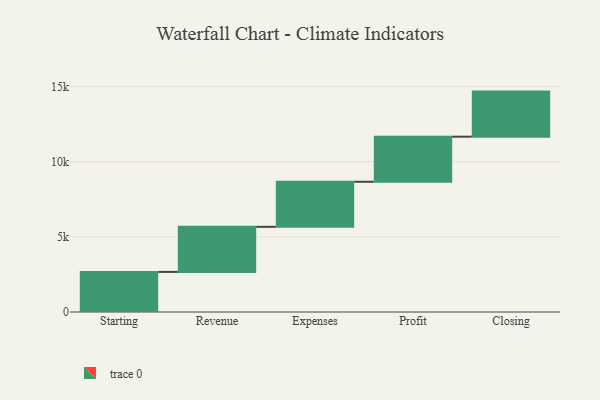
{"axis": {"x": "Step", "y": "Value"}, "legend": [""], "data": [{"x": "Starting", "y": 2668.0, "type": ""}, {"x": "Revenue", "y": 3000, "type": ""}, {"x": "Expenses", "y": 3000, "type": ""}, {"x": "Profit", "y": 3000, "type": ""}, {"x": "Closing", "y": 3000, "type": ""}]}